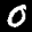
Label: 0